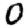
Digit: 0